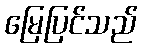
မြေပြင်သည်